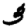
Digit: 3